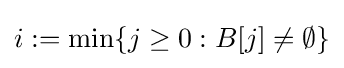
i:=\min\{j\geq 0:B[j]\neq \emptyset \}